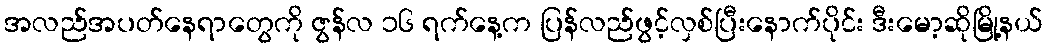
အလည်အပတ်နေရာတွေကို ဇွန်လ ၁၆ ရက်နေ့က ပြန်လည်ဖွင့်လှစ်ပြီးနောက်ပိုင်း ဒီးမော့ဆိုမြို့နယ်